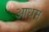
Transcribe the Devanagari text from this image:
आधम